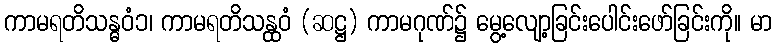
ကာမရတိသန္ဓဝံ၁၊ ကာမရတိသန္ထဝံ (ဆဋ္ဌ) ကာမဂုဏ်၌ မွေ့လျော့ခြင်းပေါင်းဖော်ခြင်းကို။ မာ